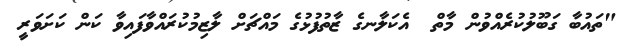
"ތައުބާ ގަބޫލުކުރެއްވުން މާތް  އެކަލާނގެ ޒާތުފުޅުގެ މައްޗަށް ލާޒިމުކުރައްވާފައިވާ ކަން ކަށަވަރީ